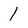
Character: 1